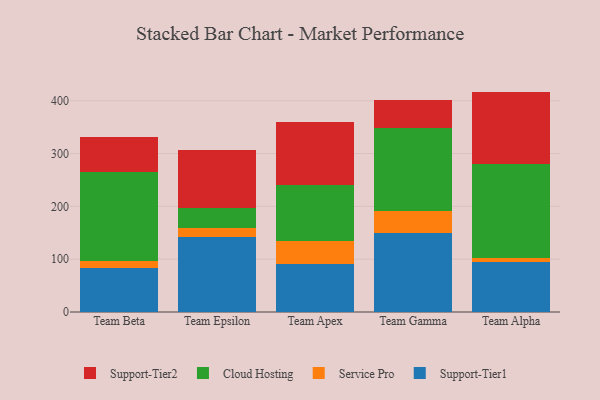
{"axis": {"x": "Team", "y": "Shipments"}, "legend": ["Cloud Hosting", "Service Pro", "Support-Tier1", "Support-Tier2"], "data": [{"x": "Team Beta", "y": 82.6, "type": "Support-Tier1"}, {"x": "Team Beta", "y": 13.7, "type": "Service Pro"}, {"x": "Team Beta", "y": 168.7, "type": "Cloud Hosting"}, {"x": "Team Beta", "y": 67.0, "type": "Support-Tier2"}, {"x": "Team Epsilon", "y": 142.2, "type": "Support-Tier1"}, {"x": "Team Epsilon", "y": 16.6, "type": "Service Pro"}, {"x": "Team Epsilon", "y": 38.2, "type": "Cloud Hosting"}, {"x": "Team Epsilon", "y": 109.6, "type": "Support-Tier2"}, {"x": "Team Apex", "y": 91.3, "type": "Support-Tier1"}, {"x": "Team Apex", "y": 42.7, "type": "Service Pro"}, {"x": "Team Apex", "y": 105.6, "type": "Cloud Hosting"}, {"x": "Team Apex", "y": 119.9, "type": "Support-Tier2"}, {"x": "Team Gamma", "y": 149.2, "type": "Support-Tier1"}, {"x": "Team Gamma", "y": 41.6, "type": "Service Pro"}, {"x": "Team Gamma", "y": 158.5, "type": "Cloud Hosting"}, {"x": "Team Gamma", "y": 52.6, "type": "Support-Tier2"}, {"x": "Team Alpha", "y": 94.4, "type": "Support-Tier1"}, {"x": "Team Alpha", "y": 8.4, "type": "Service Pro"}, {"x": "Team Alpha", "y": 176.5, "type": "Cloud Hosting"}, {"x": "Team Alpha", "y": 138.0, "type": "Support-Tier2"}]}